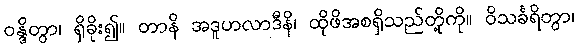
ဝန္ဒိတွာ၊ ရှိခိုး၍။ တာနိ အဒူဟလာဒီနိ၊ ထိုဖိအစရှိသည်တို့ကို။ ဝိသင်္ခရိတွာ၊